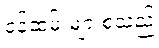
ဝန်ထမ်းများစသည့်